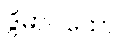
ဒွိဓာပထော